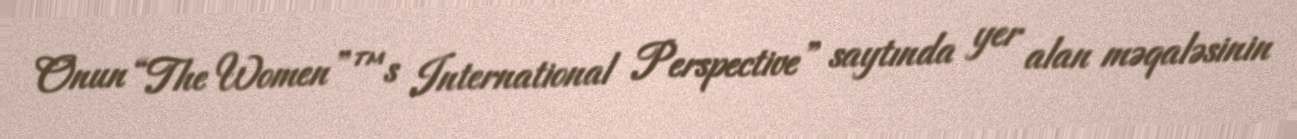
Onun “The Women”™s International Perspective” saytında yer alan məqaləsinin